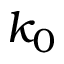
k _ { 0 }